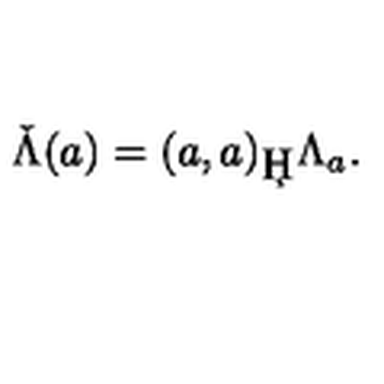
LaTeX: \check { \Lambda } ( a ) = { ( a , a ) _ { \c H } } \Lambda _ { a } .